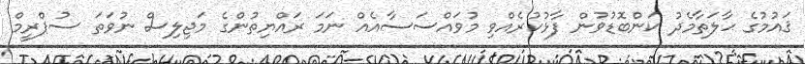
ޤައުމުގެ ޙާލަތާމެދު ކަންބޮޑުވުން ފާޅުކުރެއްވި މުވައްސަސާއެއް ނަމަ ރައްޔިތުންގެ މަޖިލިސް ނުވަތަ ސުޕްރީމް